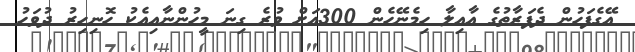
އޭގެެފަހުން ދެފަރާތުގެ އާއިލާ ހިމެނޭހެން 300އަށް ވުރެ ގިނަ މީހުންނާއިއެކު ހޮނިހިރު ދުވަހު